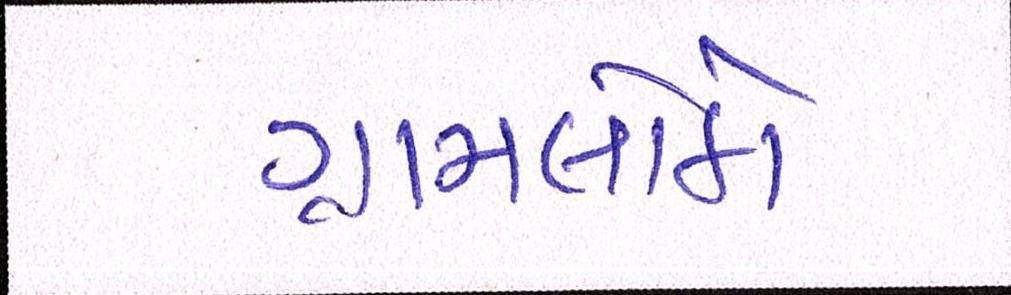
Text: ગ્રામલોકો